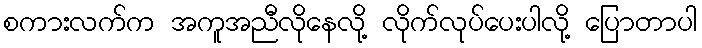
စကားလက်က အကူအညီလိုနေလို့ လိုက်လုပ်ပေးပါလို့ ပြောတာပါ